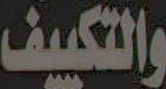
والتكييف